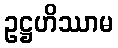
ဥဋ္ဌဟိဿာမ